Civil Veterinary Dept. Bombay admin report 1893-99 - 1893-1899
Year: 1893
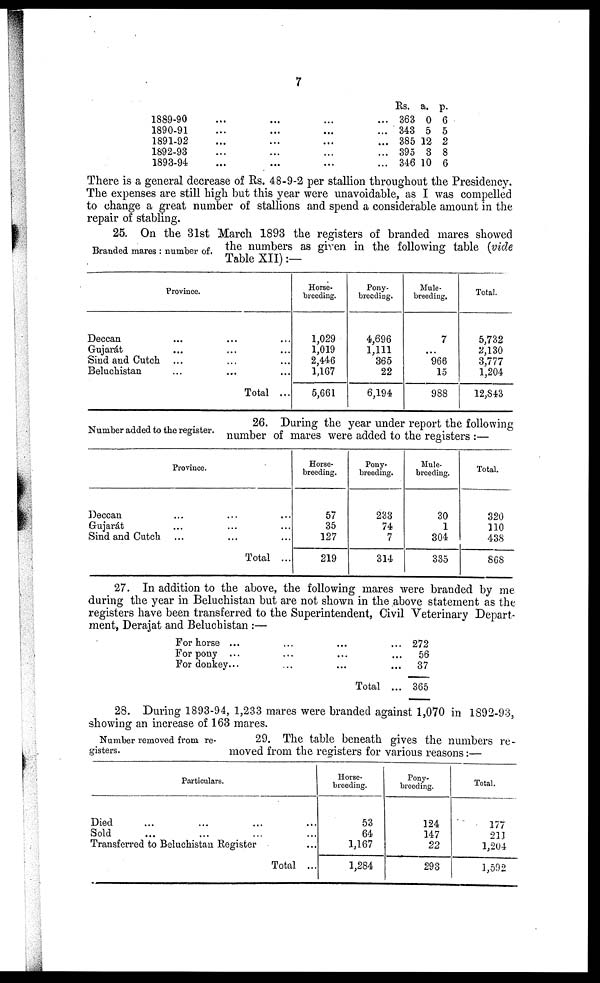
7
1889-90 ... ... ... ...
1890-91 ... ... ... ...
1891-92 ... ... ... ...
1892-93 ... ... ... ...
1893-94 ... ... ... ...
Rs.
363
343
385
395
346
a.
0
5
12
3
10
p.
6
5
2
8
6
There is a general decrease of Rs. 48-9-2 per stallion throughout the Presidency.
The expenses are still high but this year were unavoidable, as I was compelled
to change a great number of stallions and spend a considerable amount in the
repair of stabling.
Branded mares: number of.
25. On the 31st March 1893 the registers of branded mares showed
the numbers as given in the following table (vide
Table XII):—
Province.
Deccan ... ... ...
Gujarát ... ... ...
Sind and Cutch ... ... ...
Beluchistan ... ... ...
Total ...
Horse-
breeding.
1,029
1,019
2,446
1,167
5,661
Pony-
breeding.
4,696
1,111
365
22
6,194
Mule-
breeding.
7
...
966
15
988
Total.
5,732
2,130
3,777
1,204
12,843
Number added to the register.
26. During the year under report the following
number of mares were added to the registers:—
Province.
Deccan ... ... ...
Gujarát ... ... ...
Sind and Catch ... ... ...
Total ...
Horse-
breeding.
57
35
127
219
Pony-
breeding.
233
74
7
314
Mule-
breeding.
30
1
304
335
Total.
320
110
438
868
27. In addition to the above, the following mares were branded by me
during the year in Beluchistan but are not shown in the above statement as the
registers have been transferred to the Superintendent, Civil Veterinary Depart-
ment, Derajat and Beluchistan:—
For horse
...
...
...
...
For pony
...
...
...
...
For donkey
...
...
...
...
Total ...
272
56
37
365
28. During 1893-94, 1,233 mares were branded against 1,070 in 1892-93,
showing an increase of 163 mares.
Number removed from re-
gisters.
29. The table beneath gives the numbers re-
moved from the registers for various reasons:—
Particulars.
Died ... ... ...
Sold ... ... ..
Transferred to Beluchistan Register
...
...
...
Total ...
Horse-
breeding.
53
64
1,167
1,284
Pony-
breeding.
124
147
22
293
Total.
177
211
1,204
1,592